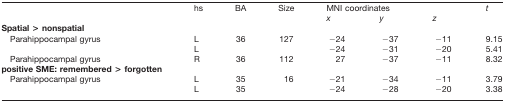
|  | hs | BA | Size | <COLSPAN=3> MNI coordinates | t |
 |  |  |  |  | x | y | z |  |
 | --- | --- | --- | --- | --- | --- | --- | --- |
 | Spatial > nonspatial |  |  |  |  |  |  |  |
 | Parahippocampal gyrus | L | 36 | 127 | −24 | −37 | −11 | 9.15 |
 |  | L |  |  | −24 | −31 | −20 | 5.41 |
 | Parahippocampal gyrus | R | 36 | 112 | 27 | −37 | −11 | 8.32 |
 | positive SME: remembered > forgotten |  |  |  |  |  |  |  |
 | Parahippocampal gyrus | L | 35 | 16 | −21 | −34 | −11 | 3.79 |
 |  | L | 35 |  | −24 | −28 | −20 | 3.38 |